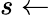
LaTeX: s\leftarrow